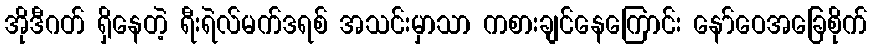
အိုဒီဂတ် ရှိနေတဲ့ ရီးရဲလ်မက်ဒရစ် အသင်းမှာသာ ကစားချင်နေကြောင်း နော်ဝေအခြေစိုက်